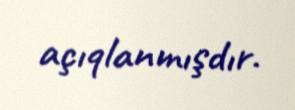
açıqlanmışdır.